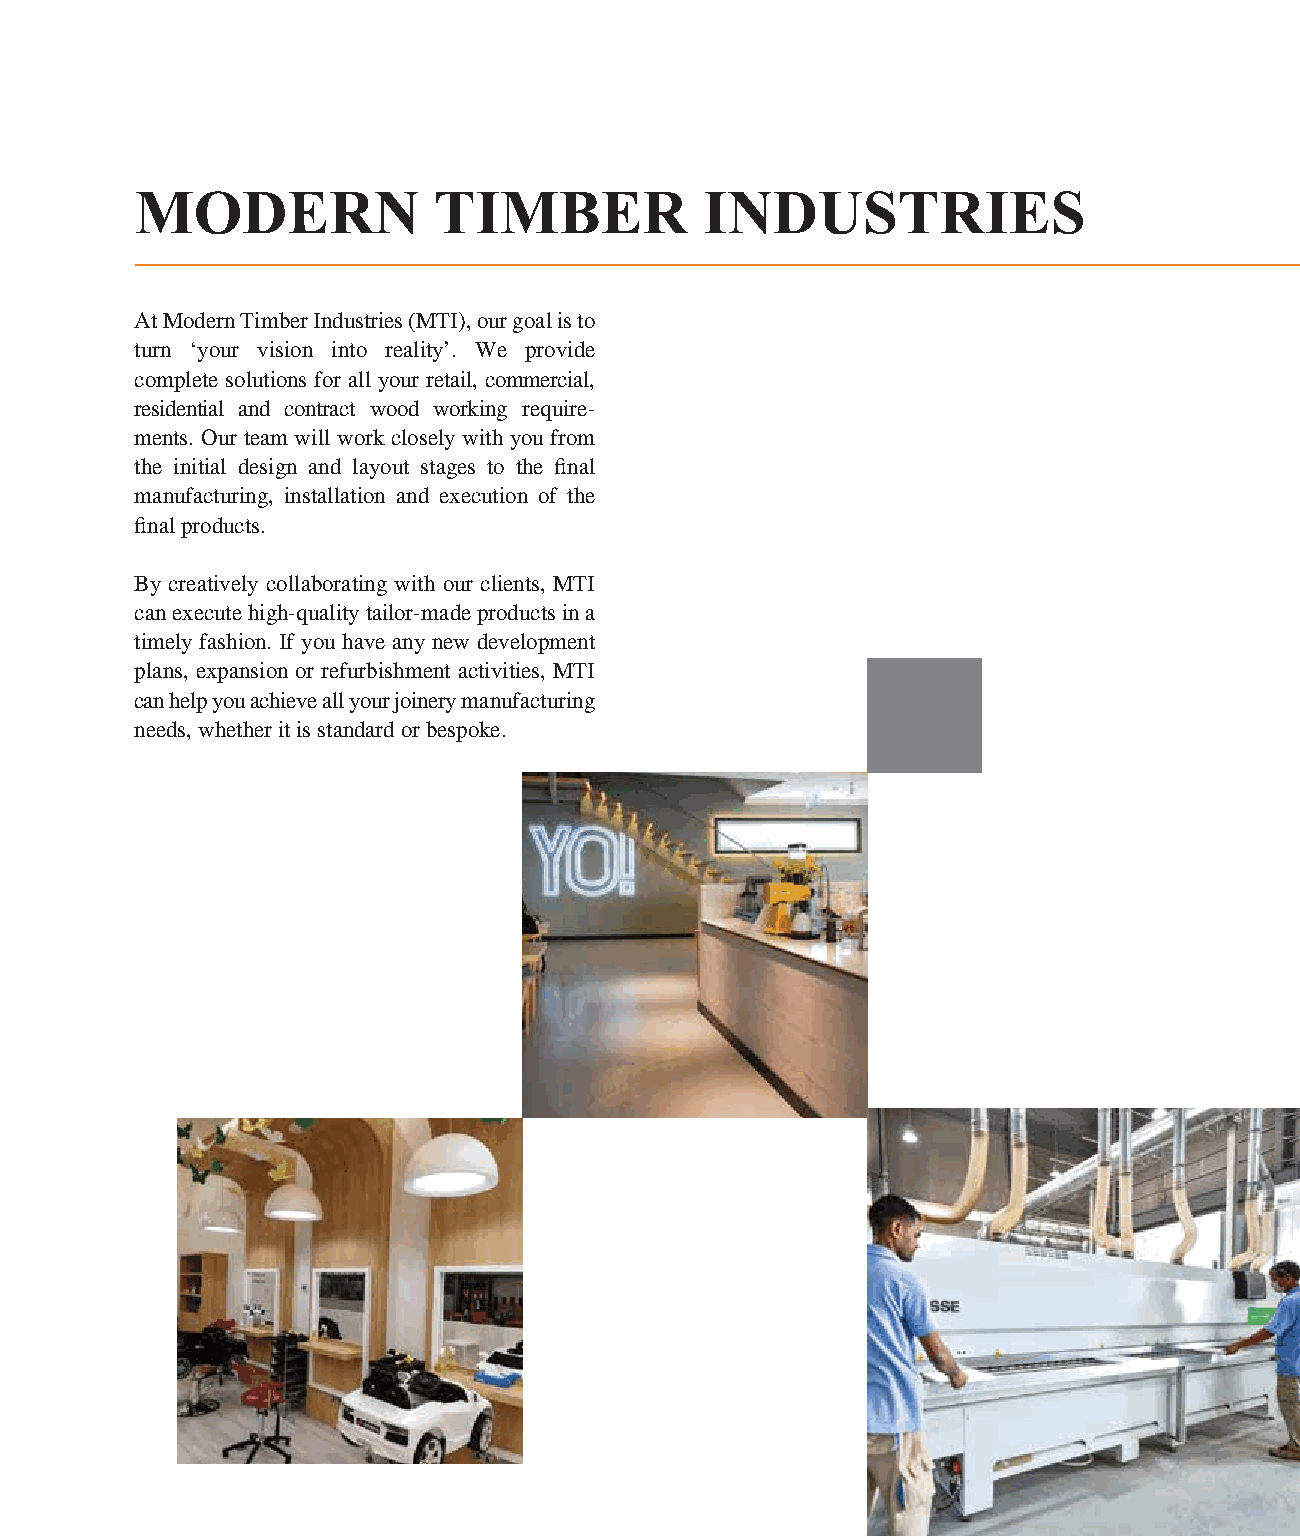
MODERN              TIMBER            INDUSTRIES
 At Modern Timber Industries (MTI), our goal is to
 turn ‘your vision into reality’. We provide
 complete solutions for all your retail, commercial,
 residential and contract wood working require-
 ments. Our team will work closely with you from
 the initial design and layout stages to the final
 manufacturing, installation and execution of the
 final products.
 By creatively collaborating with our clients, MTI
 can execute high-quality tailor-made products in a
 timely fashion. If you have any new development
 plans, expansion or refurbishment activities, MTI
 can help you achieve all your joinery manufacturing
 needs, whether it is standard or bespoke.